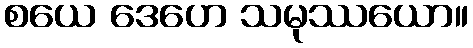
စယေ ဒေဟေ သမုဿယော။